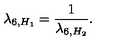
\lambda _ { 6 , H _ { 1 } } = \frac 1 { \lambda _ { 6 , H _ { 2 } } } .